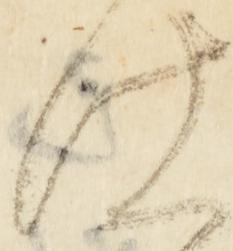
仕